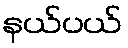
နယ်ပယ်